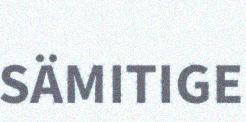
SÄMITIGE